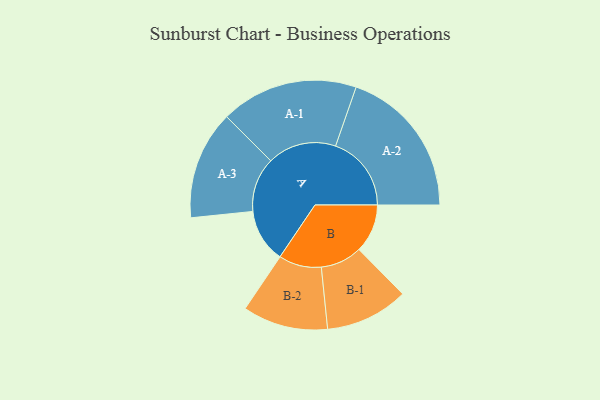
{"axis": {"x": "Segment", "y": "Value"}, "legend": ["", "A", "B"], "data": [{"x": "A", "y": 191, "type": ""}, {"x": "B", "y": 173, "type": ""}, {"x": "A-1", "y": 245, "type": "A"}, {"x": "A-2", "y": 270, "type": "A"}, {"x": "A-3", "y": 194, "type": "A"}, {"x": "B-1", "y": 148, "type": "B"}, {"x": "B-2", "y": 152, "type": "B"}]}